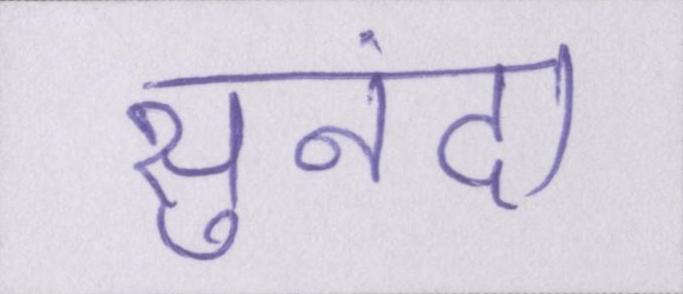
सुनंदा